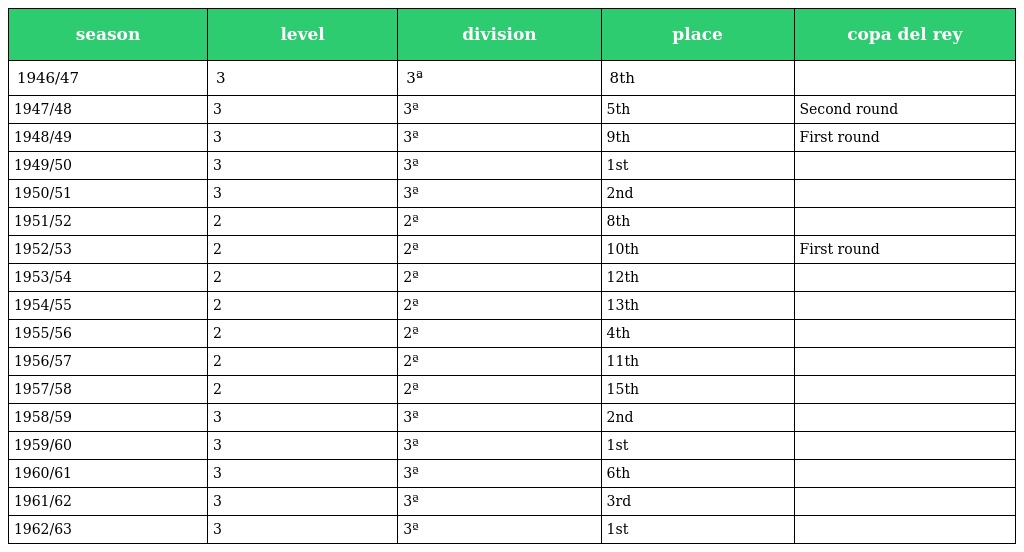
| season | level | division | place | copa del rey |
 | --- | --- | --- | --- | --- |
 | 1946/47 | 3 | 3ª | 8th |  |
 | 1947/48 | 3 | 3ª | 5th | Second round |
 | 1948/49 | 3 | 3ª | 9th | First round |
 | 1949/50 | 3 | 3ª | 1st |  |
 | 1950/51 | 3 | 3ª | 2nd |  |
 | 1951/52 | 2 | 2ª | 8th |  |
 | 1952/53 | 2 | 2ª | 10th | First round |
 | 1953/54 | 2 | 2ª | 12th |  |
 | 1954/55 | 2 | 2ª | 13th |  |
 | 1955/56 | 2 | 2ª | 4th |  |
 | 1956/57 | 2 | 2ª | 11th |  |
 | 1957/58 | 2 | 2ª | 15th |  |
 | 1958/59 | 3 | 3ª | 2nd |  |
 | 1959/60 | 3 | 3ª | 1st |  |
 | 1960/61 | 3 | 3ª | 6th |  |
 | 1961/62 | 3 | 3ª | 3rd |  |
 | 1962/63 | 3 | 3ª | 1st |  |